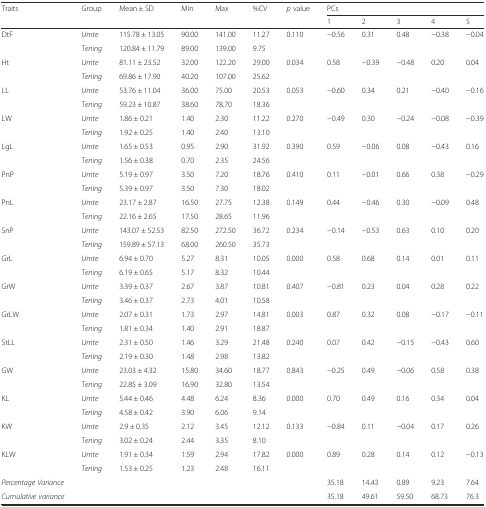
<table><thead><tr><td><b>Traits</b></td><td><b>Group</b></td><td><b>Mean ± SD</b></td><td><b>Min</b></td><td><b>Max</b></td><td><b>%CV</b></td><td><b><i>p</i> value</b></td><td colspan="5"><b>PCs</b></td></tr><tr><td></td><td></td><td></td><td></td><td></td><td></td><td></td><td><b>1</b></td><td><b>2</b></td><td><b>3</b></td><td><b>4</b></td><td><b>5</b></td></tr></thead><tbody><tr><td>DtF</td><td><i>Umte</i></td><td>115.78 ± 13.05</td><td>90.00</td><td>141.00</td><td>11.27</td><td>0.110</td><td>−0.56</td><td>0.31</td><td>0.48</td><td>−0.38</td><td>−0.04</td></tr><tr><td></td><td><i>Tening</i></td><td>120.84 ± 11.79</td><td>89.00</td><td>139.00</td><td>9.75</td><td></td><td></td><td></td><td></td><td></td><td></td></tr><tr><td>Ht</td><td><i>Umte</i></td><td>81.11 ± 23.52</td><td>32.00</td><td>122.20</td><td>29.00</td><td>0.034</td><td>0.58</td><td>−0.39</td><td>−0.48</td><td>0.20</td><td>0.04</td></tr><tr><td></td><td><i>Tening</i></td><td>69.86 ± 17.90</td><td>40.20</td><td>107.00</td><td>25.62</td><td></td><td></td><td></td><td></td><td></td><td></td></tr><tr><td>LL</td><td><i>Umte</i></td><td>53.76 ± 11.04</td><td>36.00</td><td>75.00</td><td>20.53</td><td>0.053</td><td>−0.60</td><td>0.34</td><td>0.21</td><td>−0.40</td><td>−0.16</td></tr><tr><td></td><td><i>Tening</i></td><td>59.23 ± 10.87</td><td>38.60</td><td>78.70</td><td>18.36</td><td></td><td></td><td></td><td></td><td></td><td></td></tr><tr><td>LW</td><td><i>Umte</i></td><td>1.86 ± 0.21</td><td>1.40</td><td>2.30</td><td>11.22</td><td>0.270</td><td>−0.49</td><td>0.30</td><td>−0.24</td><td>−0.08</td><td>−0.39</td></tr><tr><td></td><td><i>Tening</i></td><td>1.92 ± 0.25</td><td>1.40</td><td>2.40</td><td>13.10</td><td></td><td></td><td></td><td></td><td></td><td></td></tr><tr><td>LgL</td><td><i>Umte</i></td><td>1.65 ± 0.53</td><td>0.95</td><td>2.90</td><td>31.92</td><td>0.390</td><td>0.59</td><td>−0.06</td><td>0.08</td><td>−0.43</td><td>0.16</td></tr><tr><td></td><td><i>Tening</i></td><td>1.56 ± 0.38</td><td>0.70</td><td>2.35</td><td>24.56</td><td></td><td></td><td></td><td></td><td></td><td></td></tr><tr><td>PnP</td><td><i>Umte</i></td><td>5.19 ± 0.97</td><td>3.50</td><td>7.20</td><td>18.76</td><td>0.410</td><td>0.11</td><td>−0.01</td><td>0.66</td><td>0.38</td><td>−0.29</td></tr><tr><td></td><td><i>Tening</i></td><td>5.39 ± 0.97</td><td>3.50</td><td>7.30</td><td>18.02</td><td></td><td></td><td></td><td></td><td></td><td></td></tr><tr><td>PnL</td><td><i>Umte</i></td><td>23.17 ± 2.87</td><td>16.50</td><td>27.75</td><td>12.38</td><td>0.149</td><td>0.44</td><td>−0.46</td><td>0.30</td><td>−0.09</td><td>0.48</td></tr><tr><td></td><td><i>Tening</i></td><td>22.16 ± 2.65</td><td>17.50</td><td>28.65</td><td>11.96</td><td></td><td></td><td></td><td></td><td></td><td></td></tr><tr><td>SnP</td><td><i>Umte</i></td><td>143.07 ± 52.53</td><td>82.50</td><td>272.50</td><td>36.72</td><td>0.234</td><td>−0.14</td><td>−0.53</td><td>0.63</td><td>0.10</td><td>0.20</td></tr><tr><td></td><td><i>Tening</i></td><td>159.89 ± 57.13</td><td>68.00</td><td>260.50</td><td>35.73</td><td></td><td></td><td></td><td></td><td></td><td></td></tr><tr><td>GrL</td><td><i>Umte</i></td><td>6.94 ± 0.70</td><td>5.27</td><td>8.31</td><td>10.05</td><td>0.000</td><td>0.58</td><td>0.68</td><td>0.14</td><td>0.01</td><td>0.11</td></tr><tr><td></td><td><i>Tening</i></td><td>6.19 ± 0.65</td><td>5.17</td><td>8.32</td><td>10.44</td><td></td><td></td><td></td><td></td><td></td><td></td></tr><tr><td>GrW</td><td><i>Umte</i></td><td>3.39 ± 0.37</td><td>2.67</td><td>3.87</td><td>10.81</td><td>0.407</td><td>−0.81</td><td>0.23</td><td>0.04</td><td>0.28</td><td>0.22</td></tr><tr><td></td><td><i>Tening</i></td><td>3.46 ± 0.37</td><td>2.73</td><td>4.01</td><td>10.58</td><td></td><td></td><td></td><td></td><td></td><td></td></tr><tr><td>GrLW</td><td><i>Umte</i></td><td>2.07 ± 0.31</td><td>1.73</td><td>2.97</td><td>14.81</td><td>0.003</td><td>0.87</td><td>0.32</td><td>0.08</td><td>−0.17</td><td>−0.11</td></tr><tr><td></td><td><i>Tening</i></td><td>1.81 ± 0.34</td><td>1.40</td><td>2.91</td><td>18.87</td><td></td><td></td><td></td><td></td><td></td><td></td></tr><tr><td>StLL</td><td><i>Umte</i></td><td>2.31 ± 0.50</td><td>1.46</td><td>3.29</td><td>21.48</td><td>0.240</td><td>0.07</td><td>0.42</td><td>−0.15</td><td>−0.43</td><td>0.60</td></tr><tr><td></td><td><i>Tening</i></td><td>2.19 ± 0.30</td><td>1.48</td><td>2.98</td><td>13.82</td><td></td><td></td><td></td><td></td><td></td><td></td></tr><tr><td>GW</td><td><i>Umte</i></td><td>23.03 ± 4.32</td><td>15.80</td><td>34.60</td><td>18.77</td><td>0.843</td><td>−0.25</td><td>0.49</td><td>−0.06</td><td>0.58</td><td>0.38</td></tr><tr><td></td><td><i>Tening</i></td><td>22.85 ± 3.09</td><td>16.90</td><td>32.80</td><td>13.54</td><td></td><td></td><td></td><td></td><td></td><td></td></tr><tr><td>KL</td><td><i>Umte</i></td><td>5.44 ± 0.46</td><td>4.48</td><td>6.24</td><td>8.36</td><td>0.000</td><td>0.70</td><td>0.49</td><td>0.16</td><td>0.34</td><td>0.04</td></tr><tr><td></td><td><i>Tening</i></td><td>4.58 ± 0.42</td><td>3.90</td><td>6.06</td><td>9.14</td><td></td><td></td><td></td><td></td><td></td><td></td></tr><tr><td>KW</td><td><i>Umte</i></td><td>2.9 ± 0.35</td><td>2.12</td><td>3.45</td><td>12.12</td><td>0.133</td><td>−0.84</td><td>0.11</td><td>−0.04</td><td>0.17</td><td>0.26</td></tr><tr><td></td><td><i>Tening</i></td><td>3.02 ± 0.24</td><td>2.44</td><td>3.35</td><td>8.10</td><td></td><td></td><td></td><td></td><td></td><td></td></tr><tr><td>KLW</td><td><i>Umte</i></td><td>1.91 ± 0.34</td><td>1.59</td><td>2.94</td><td>17.82</td><td>0.000</td><td>0.89</td><td>0.28</td><td>0.14</td><td>0.12</td><td>−0.13</td></tr><tr><td></td><td><i>Tening</i></td><td>1.53 ± 0.25</td><td>1.23</td><td>2.48</td><td>16.11</td><td></td><td></td><td></td><td></td><td></td><td></td></tr><tr><td><i>Percentage Variance</i></td><td></td><td></td><td></td><td></td><td></td><td></td><td>35.18</td><td>14.43</td><td>0.89</td><td>9.23</td><td>7.64</td></tr><tr><td><i>Cumulative variance</i></td><td></td><td></td><td></td><td></td><td></td><td></td><td>35.18</td><td>49.61</td><td>59.50</td><td>68.73</td><td>76.3</td></tr></tbody></table>